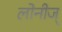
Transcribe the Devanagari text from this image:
लोनीज्